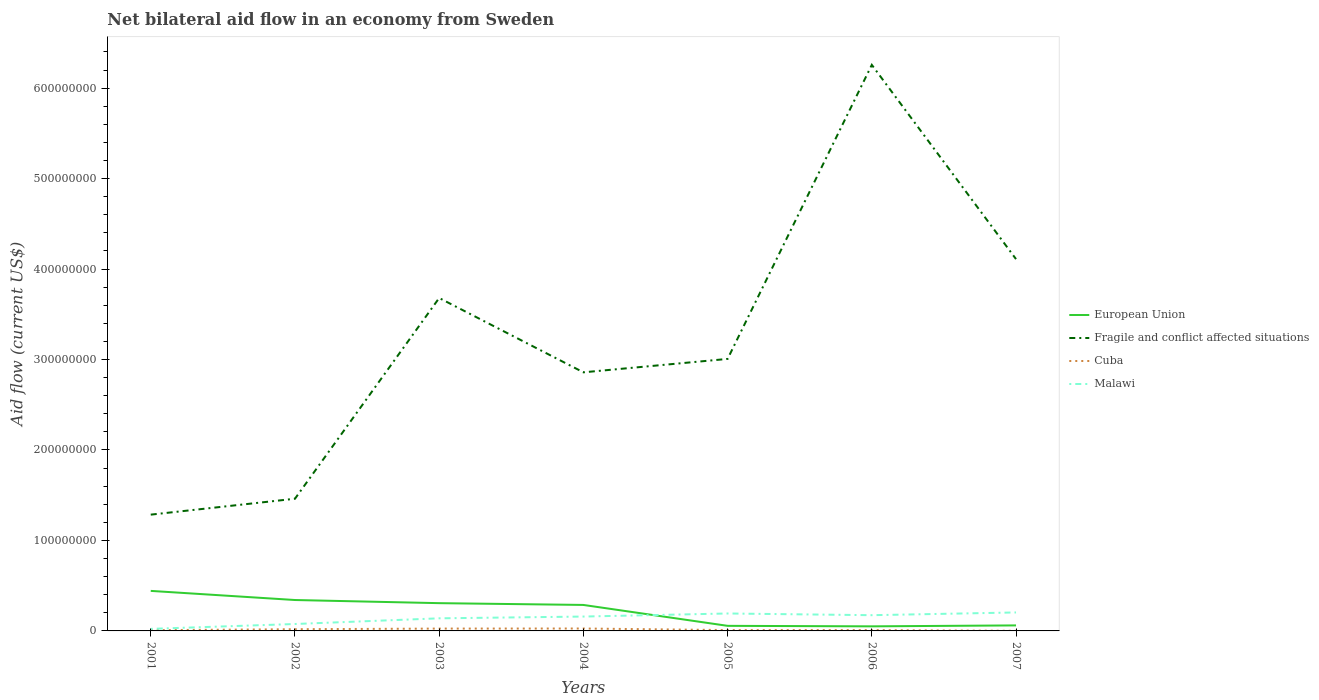
| Years | European Union | Fragile and conflict affected situations | Cuba | Malawi |
 | --- | --- | --- | --- | --- |
 | 2001 | 4.42e+07 | 1.29e+08 | 8.1e+05 | 2.27e+06 |
 | 2002 | 3.42e+07 | 1.46e+08 | 1.89e+06 | 7.65e+06 |
 | 2003 | 3.07e+07 | 3.68e+08 | 2.58e+06 | 1.39e+07 |
 | 2004 | 2.87e+07 | 2.86e+08 | 2.66e+06 | 1.59e+07 |
 | 2005 | 5.62e+06 | 3.01e+08 | 9.3e+05 | 1.93e+07 |
 | 2006 | 5.06e+06 | 6.26e+08 | 9.2e+05 | 1.74e+07 |
 | 2007 | 6.1e+06 | 4.11e+08 | 1.1e+05 | 2.04e+07 |